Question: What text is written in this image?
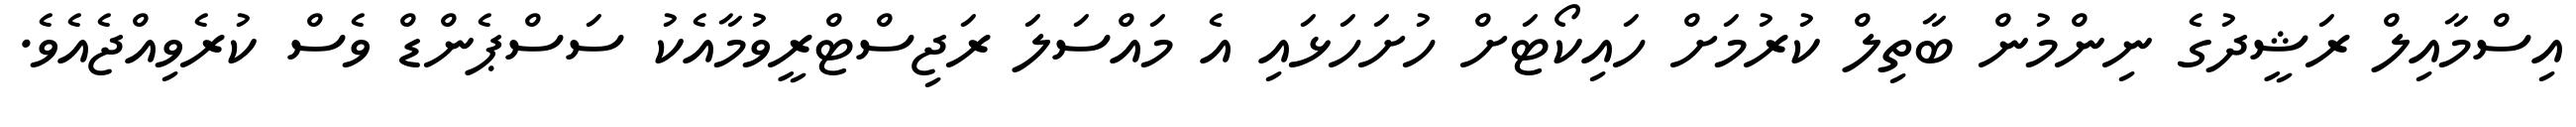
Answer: އިސްމާއިލް ރަޝީދުގެ ނިންމުން ބާތިލް ކުރުމަށް ހައިކޯޓަށް ހުށަހަޅައި އެ މައްސަލަ ރަޖިސްޓްރީވުމާއެކު ސަސްޕެންޑް ވެސް ކުރެވިއްޖެއެވެ.